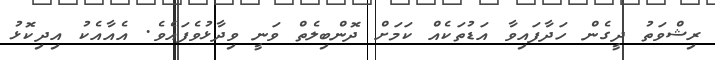
ރިޝްވަތު ދީގެން ހަދާފައިވާ އަޑުތަކެއް ކަމަށް ދޮންބިލެތް ވަނީ ވިދާޅުވެފައެވެ. އެއާއެކު އިދިކޮޅު